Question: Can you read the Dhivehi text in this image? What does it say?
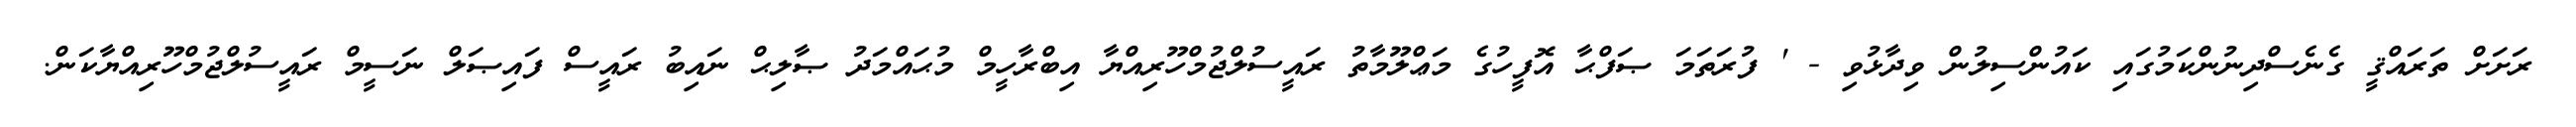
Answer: ރަށަށް ތަރައްޤީ ގެނެސްދިނުންކަމުގައި ކައުންސިލުން ވިދާޅުވި - ' ފުރަތަމަ ޞަފްޙާ އޮފީހުގެ މަޢްލޫމާތު ރައީސުލްޖުމްހޫރިއްޔާ އިބްރާހީމް މުޙައްމަދު ޞާލިޙް ނައިބު ރައީސް ފައިޞަލް ނަސީމް ރައީސުލްޖުމްހޫރިއްޔާކަން.